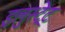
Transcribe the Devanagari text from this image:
इलुस्ट्रेट